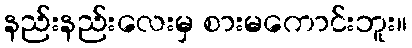
နည်းနည်းလေးမှ စားမကောင်းဘူး။